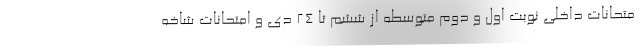
متحانات داخلی نوبت اول و دوم متوسطه از ششم تا ۲۴ دی و امتحانات شاخه